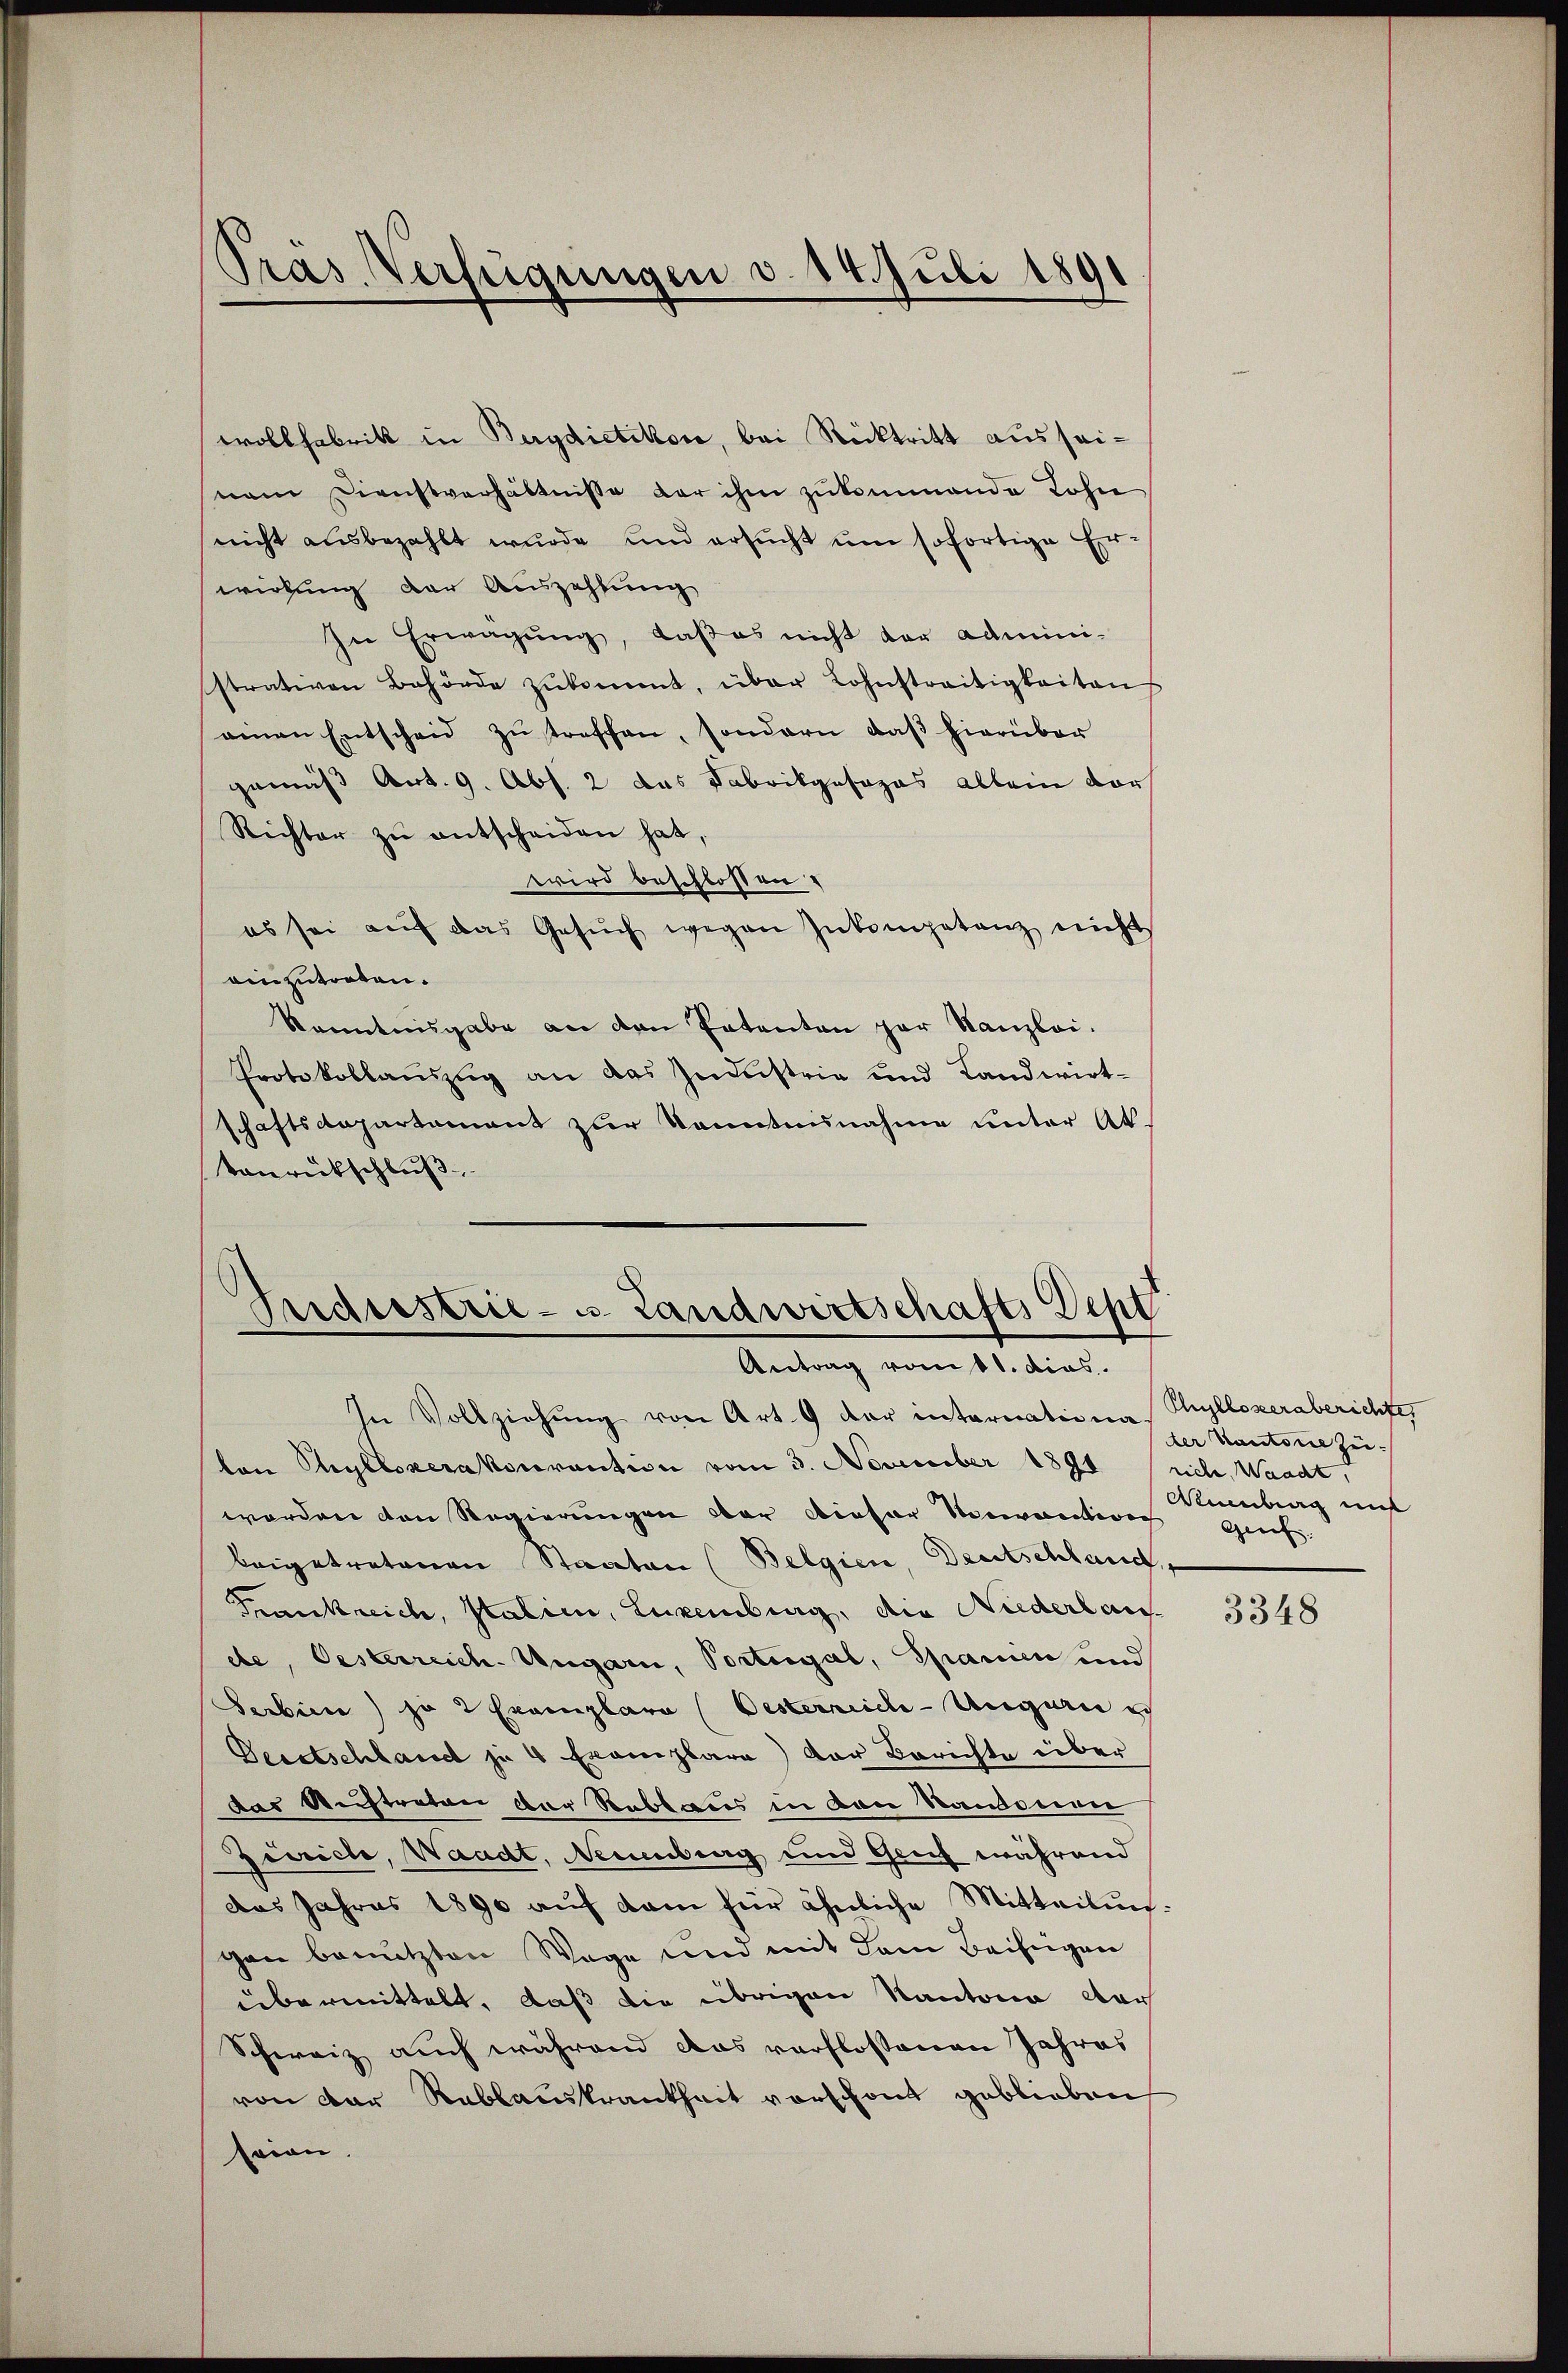
wrollfabrik in Bergdietikon, bei Rücktritt aus seinam Dienstverhältnisse der ihm zŭkommende Lohn
nicht ausbezahlt wurde und ersucht um sofortige Er-
wirkung der Auszahlung
In Erwägung, daß es nicht der administrativen Behörde zŭkommt, über Lohnstreitigkeiten
einen Entscheid zŭ treffen, sondern daβ hierüber
.
gemäß Art. 9. Abs. 2 das Fabrikposozas allein vor
Richter zŭ entscheiden hat,
wird beschlossen.
es sei auf das Gesŭch wegen Inkompetanz nicht
einzutreten.
Kenntnisgabe an den Patenten par Kanzlei.
Protokollaŭszŭg an das Industrie und Landwirt-
schaftsdepartement zur Kenntnunahme unter Aktonrückschluß

Präs. Verfügungen d. 14. Juli 1891

Perdiestrie - u. Landwirtschafts Dept
Antrag vom 1. dies

Phylloser aberichtes
der Kantone Zei
Amtag mit
Greif.

In Vollziehŭng von Art. 9 der internationa
ton Ryllozerakonvention vom 3. November 1891 rich, Waadt,
worden den Regierungen der dieser Normantion
beigetretenen Staaten (Belgien, Deutschland,
Frankreich, Italien, Luxenburg, die Niederlau
dte, Oesterreich. Ungarn, Portugal, Spanien und
Serbien) je 2 Exemplare Besterreich-Ungarin ich
Deestschland je 4 Exemplare) der Berichte über
das Auftreten der Reblaus in den Vandenen
Zürich, Waadt, Neuenburg und Geif während
das Jahres 1890 auf kam für ähnliche Mitteilungen benutzten Wege und mit dem Beifügen
übermittelt, daß die übrigen Kantona war
Schweiz auch während das verflossenen Jahres
von der Rablauskrankheit vorschont geblieben
seien.

3348